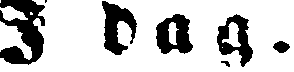
I dag.